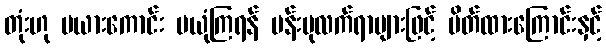
တုံးဟု မယားကောင်း မယုံကြရန် ပန်းပုလက်ရာများဖြင့် ပိတ်ထားကြောင်းနှင့်